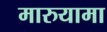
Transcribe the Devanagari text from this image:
मारुयामा